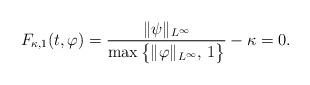
LaTeX: \begin{align*} F_{\kappa,1}(t,\varphi)=\frac{\|\psi\|_{L^\infty}}{\max\big\{\|\varphi\|_{L^\infty},\,1\big\}}-\kappa=0. \end{align*}